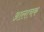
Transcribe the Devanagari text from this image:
आलाचक